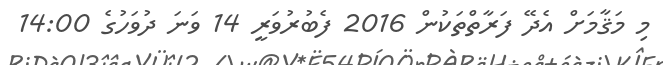
މި މަޤާމަށް އެދޭ ފަރާތްތަކުން 2016 ފެބުރުވަރީ 14 ވަނަ ދުވަހުގެ 14:00